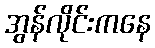
အွန်လိုင်းကနေ